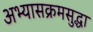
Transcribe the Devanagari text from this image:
अभ्यासक्रमसुद्धा